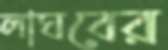
লাঘবের